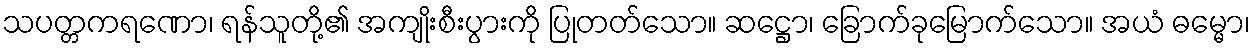
သပတ္တကရဏော၊ ရန်သူတို့၏ အကျိုးစီးပွားကို ပြုတတ်သော။ ဆဋ္ဌော၊ ခြောက်ခုမြောက်သော။ အယံ ဓမ္မော၊